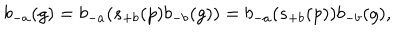
b _ { - a } ( g ) = b _ { - a } ( s _ { + b } ( p ) b _ { - b } ( g ) ) = b _ { - a } ( s _ { + b } ( p ) ) b _ { - b } ( g ) ,